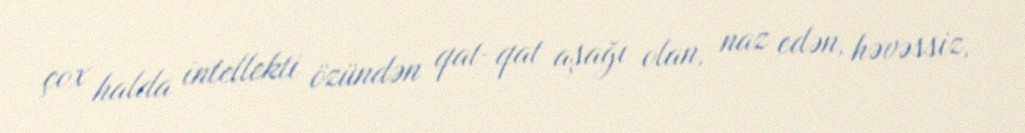
çox halda intellekti özündən qat-qat aşağı olan, naz edən, həvəssiz,